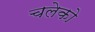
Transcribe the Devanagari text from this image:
चलेको